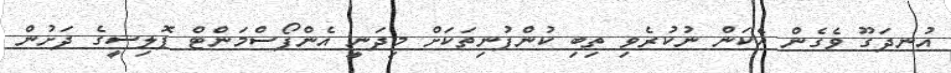
އުނދަގޫ ވެގެން އެކަން ނުކުރެވި ތިބި ކުންފުނިތަކަށް މިދަނީ އެންފޯސްމަންޓް ޕޮލިސީގެ ދަށުން